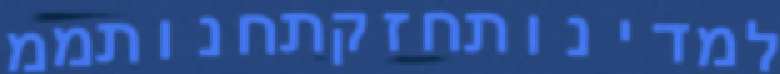
למדינותחזקתחנותממ